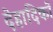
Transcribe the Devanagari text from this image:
देहादिकों